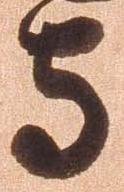
守